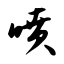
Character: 喷